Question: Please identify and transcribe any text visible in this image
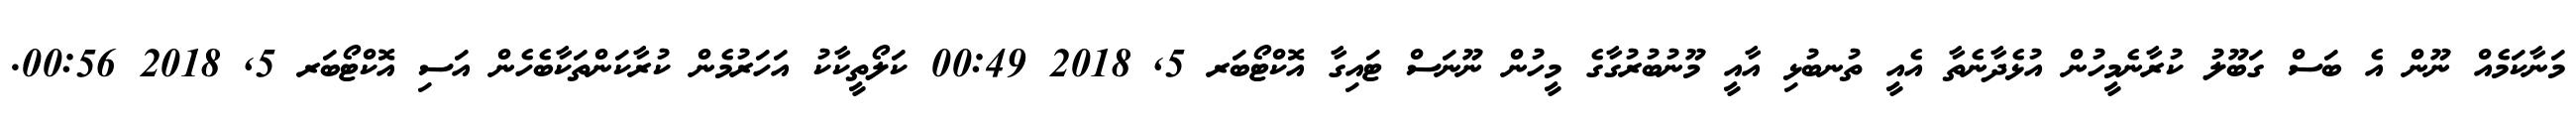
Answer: މަނާކަމެއް ނޫން އެ ބަސް ގަބޫލު ކުރާނެމީހުން އުޅެދާނެތާ އެއީ ތުނބުޅި އާއީ މޫނުބުރުގާގެ މީހުން ނޫނަސް ޓައިގާ އޮކްޓޯބަރ 5, 2018 00:49 ކަލޯތީކާކު އަހަރުމެން ކުރާކަންތަކާބެހެން އަސި އޮކްޓޯބަރ 5, 2018 00:56.